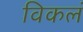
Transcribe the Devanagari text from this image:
विकलं